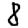
Digit: 8